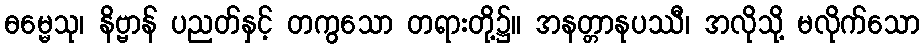
ဓမ္မေသု၊ နိဗ္ဗာန် ပညတ်နှင့် တကွသော တရားတို့၌။ အနတ္တာနုပဿီ၊ အလိုသို့ မလိုက်သော